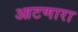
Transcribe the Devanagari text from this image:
आटणारा